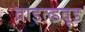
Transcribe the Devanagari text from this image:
वाइल्डवूड